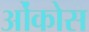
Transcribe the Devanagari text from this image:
ओंकोस